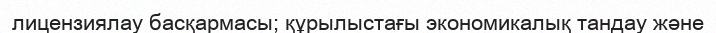
лицензиялау басқармасы; құрылыстағы экономикалық тандау және